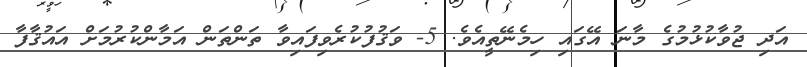
އަދި ޖުވާކުޅުމުގެ މާނަ އޭގައި ހިމެނޭތީއެވެ. 5- ވަޤުފުކުރެވިފައިވާ ތަންތަން އަމާންކުރުމަށް އައުޤާފާ